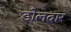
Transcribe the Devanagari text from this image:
डोलदार